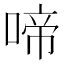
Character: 啼